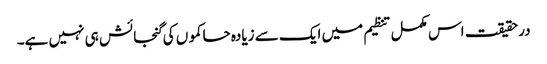
درحقیقت اس مکمل تنظیم میں ایک سے زیادہ حاکموں کی گنجائش ہی نہیں ہے۔